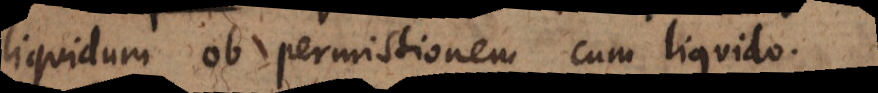
liquidum ob permistionem cum liquido.